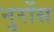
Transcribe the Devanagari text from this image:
नुरोंस